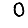
Digit: 0